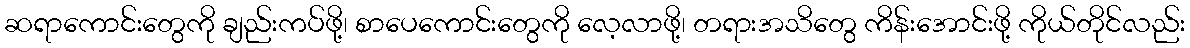
ဆရာကောင်းတွေကို ချည်းကပ်ဖို့၊ စာပေကောင်းတွေကို လေ့လာဖို့၊ တရားအသိတွေ ကိန်းအောင်းဖို့ ကိုယ်တိုင်လည်း